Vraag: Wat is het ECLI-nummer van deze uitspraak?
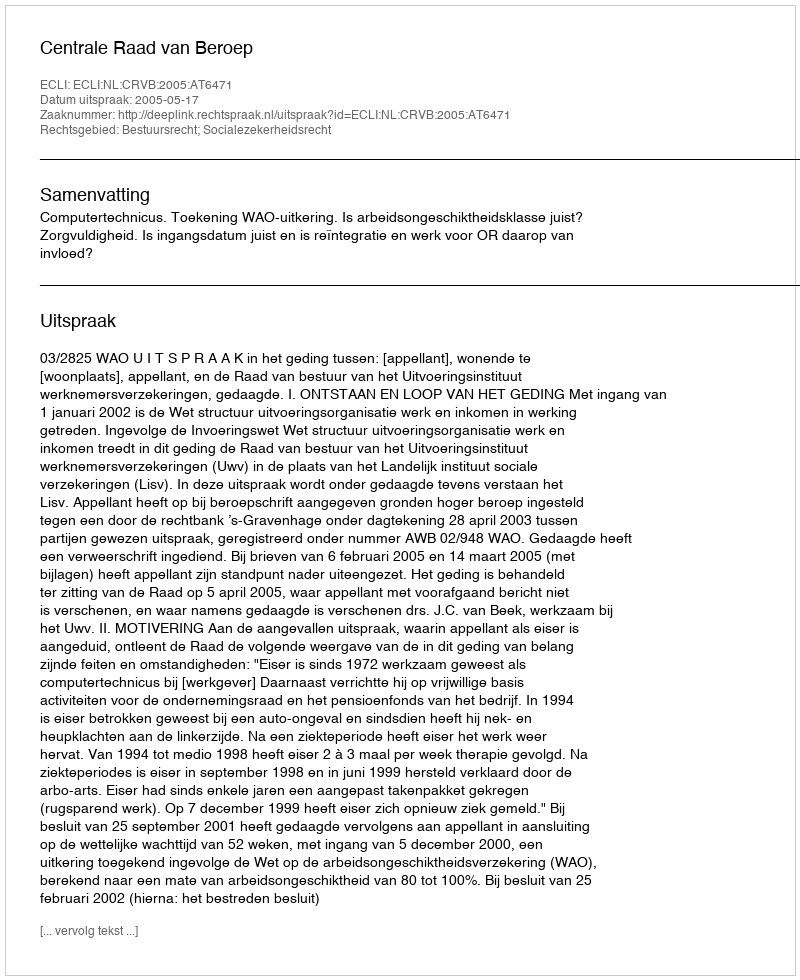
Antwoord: ECLI:NL:CRVB:2005:AT6471